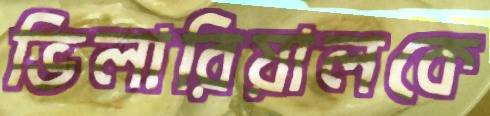
ভিলারিয়ালকে